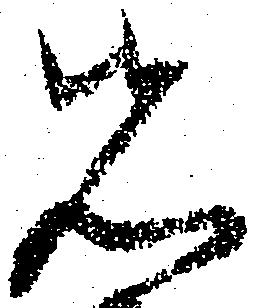
先